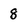
Character: 8